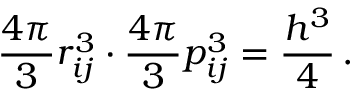
\frac { 4 \pi } { 3 } r _ { i j } ^ { 3 } \cdot \frac { 4 \pi } { 3 } p _ { i j } ^ { 3 } = \frac { h ^ { 3 } } { 4 } \, .